Medical and sanitary report on the native army of Bombay for the year
Year: 1879
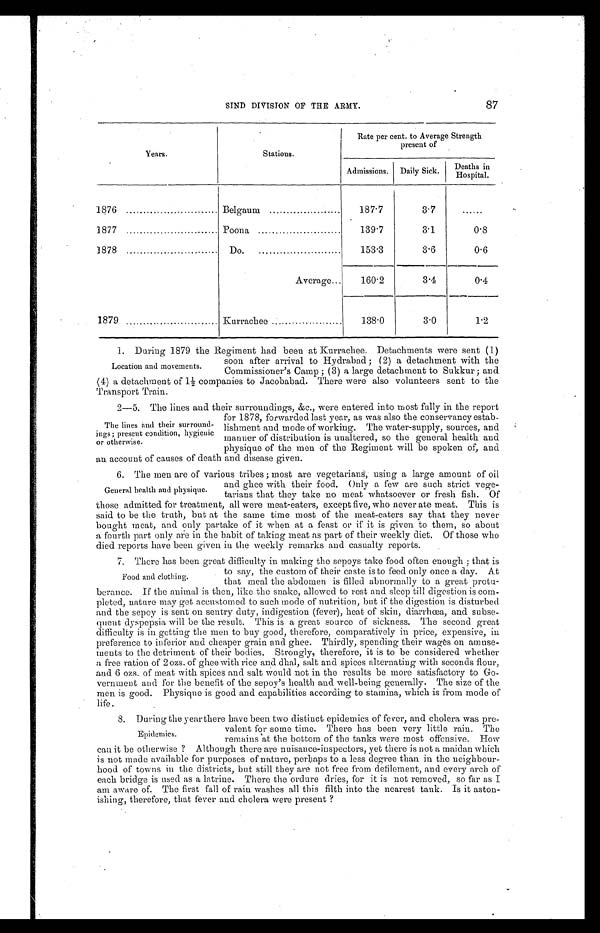
87
S I N D D I V I S I O N O F T H E A R M Y .
Years.
Stations.
Rate per cent. to Average Strength
present of
Admissions.
Daily Sick.
Deaths in
H o s p i t a l .
1876 . . .
Belgaum . . .
187.7
3.7
. . .
1877 . . .
Poona . . .
139.7
3.1
0.8
1878 . . .
D o . . . .
153.3
3.6
0.6
Average . . .
160.2
3.4
0.4
1879 . . .
Kurrachee . . .
138.0
3.0
1.2
1. During 1879 the Regiment had been at Kurrachee. Detachments were sent (1)
soon after arrival to Hydrabad; (2) a detachment with the
Commissioner's Camp; (3) a large detachment to Sukkur; and
(4) a detachment of 1½ companies to Jacobabad. There were also volunteers sent to the
Transport Train.
2—5. The lines and their surroundings, &c., were entered into most fully in the report
for 1878, forwarded last year, as was also the conservancy estab
-lishment and mode of working. The water-supply, sources, and
manner of distribution is unaltered, so the general health and
physique of the men of the Regiment will be spoken of, and
an account of causes of death and disease given.
6. The men are of various tribes; most are vegetarians, using a large amount of oil
and ghee with their food. Only a few are such strict vege
-
tarians that they take no meat whatsoever or fresh fish. Of
those admitted for treatment, all were meat-eaters, except five, who never ate meat. This is
said to be the truth, but at the same time most of the meat-eaters say that they never
bought meat, and only partake of it when at a feast or if it is given to them, so about
a fourth part only are in the habit of taking meat as part of their weekly diet. Of those who
died reports have been given in the weekly remarks and casualty reports.
7. There has been great difficulty in making the sepoys take food often enough; that is
to say, the custom of their caste is to feed only once a day. At
that meal the abdomen is filled abnormally to a great protu
-berance. If the animal is then, like the snake, allowed to rest and sleep till digestion is com
-pleted, nature may get accustomed to such mode of nutrition, but if the digestion is disturbed
and the sepoy is sent on sentry duty, indigestion (fever), heat of skin, diarrhœa, and subse
-quent dyspepsia will be the result. This is a great source of sickness. The second great
difficulty is in getting the men to buy good, therefore, comparatively in price, expensive, in
preference to inferior and cheaper grain and ghee. Thirdly, spending their wages on amuse
-ments to the detriment of their bodies. Strongly, therefore, it is to be considered whether
a free ration of 2 ozs. of ghee with rice and dhal, salt and spices alternating with seconds flour,
and 6 ozs. of meat with spices and salt would not in the results be more satisfactory to Go
-vernment and for the benefit of the sepoy's health and well-being generally. The size of the
men is good. Physique is good and capabilities according to stamina, which is from mode of
life.
8. During the year there have been two distinct epidemics of fever, and cholera was pre
-valent for some time. There has been very little rain. The
remains at the bottom of the tanks were most offensive. How
can it be otherwise ? Although there are nuisance-inspectors, yet there is not a maidan which
is not made available for purposes of nature, perhaps to a less degree than in the neighbour
-hood of towns in the districts, but still they are not free from defilement, and every arch of
each bridge is used as a latrine. There the ordure dries, for it is not removed, so far as I
am aware of. The first fall of rain washes all this filth into the nearest tank. Is it aston
-ishing, therefore, that fever and cholera were present ?
Location and movements.
The lines and their surround
-ings; present condition, hygienic
or otherwise.
General health and physique.
Food and clothing.
Epidemics.